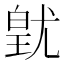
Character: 𭽚